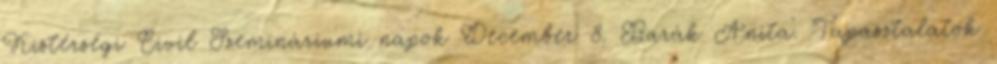
Kistérségi Civil Szemináriumi napok December 8. Barák Anita. Tapasztalatok